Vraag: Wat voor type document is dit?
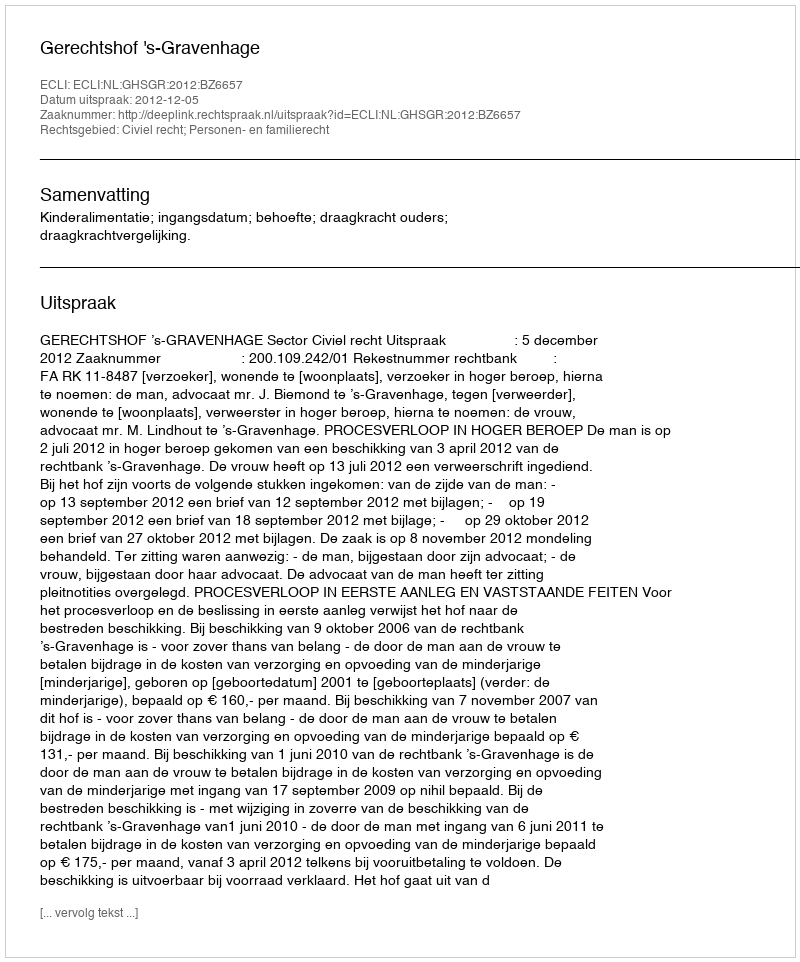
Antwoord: Uitspraak